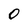
Character: O